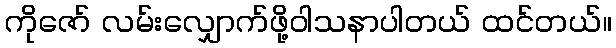
ကိုဇော် လမ်းလျှောက်ဖို့ဝါသနာပါတယ် ထင်တယ်။